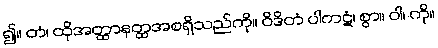
၍။ တံ၊ ထိုအတ္ထာနတ္ထအစရှိသည်ကို။ ဝိဒိတံ ပါကဋံ၊ စွာ။ ဝါ၊ ကို။